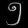
Digit: ၅